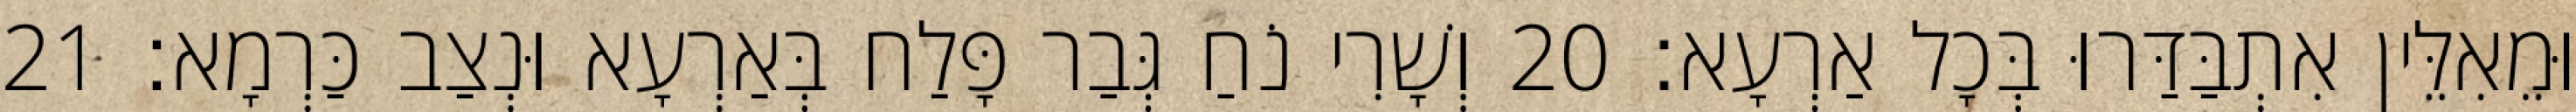
וּמֵאִלֵּין אִתְבַּדַּרוּ בְּכָל אַרְעָא׃ 20 וְשָׁרִי נֹחַ גְּבַר פָּלַח בְּאַרְעָא וּנְצַב כַּרְמָא׃ 21